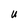
Character: u